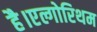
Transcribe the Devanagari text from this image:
है।एल्गोरिथम